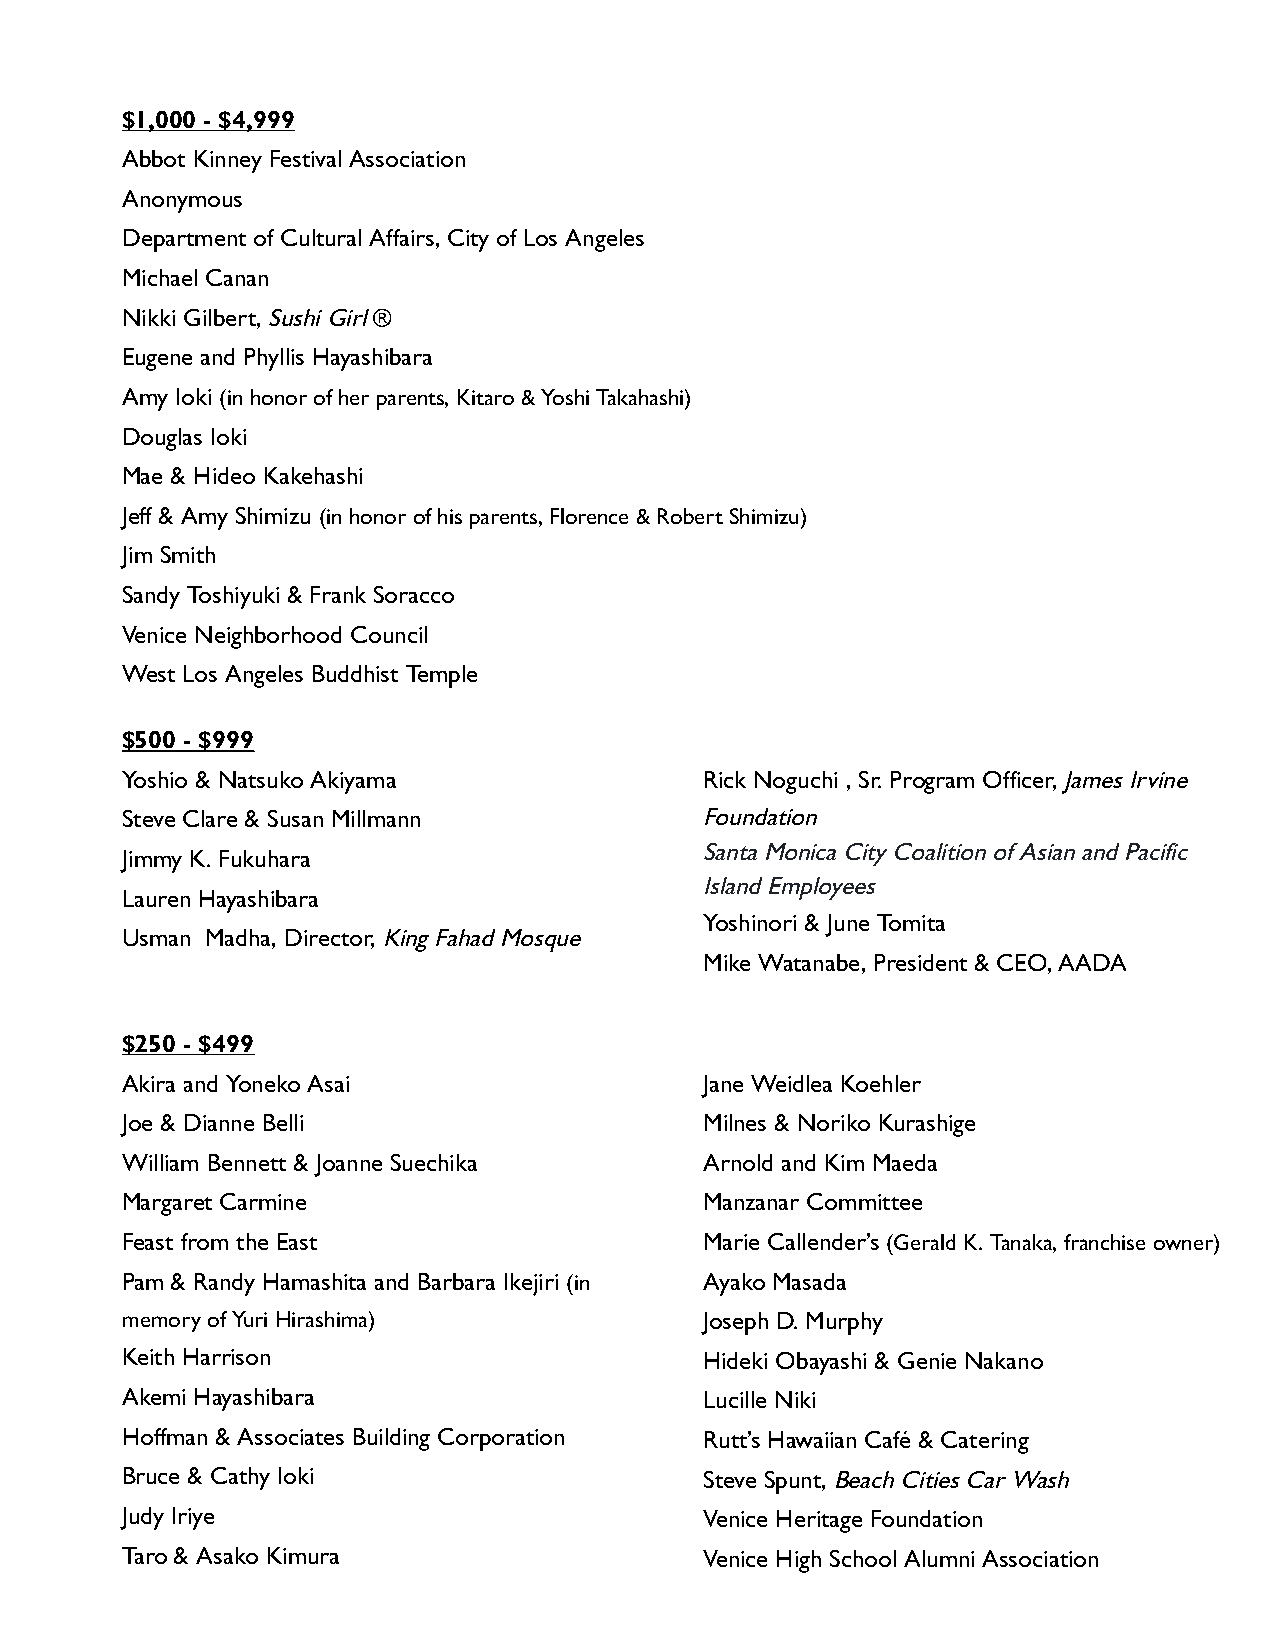
$1,000 - $4,999
 Abbot Kinney Festival Association
 Anonymous
 Department of Cultural Affairs, City of Los Angeles
 Michael Canan
 Nikki Gilbert, Sushi Girl ®
 Eugene and Phyllis Hayashibara
 Amy Ioki (in honor of her parents, Kitaro & Yoshi Takahashi)
 Douglas Ioki
 Mae & Hideo Kakehashi
 Jeff & Amy Shimizu (in honor of his parents, Florence & Robert Shimizu)
 Jim Smith
 Sandy Toshiyuki & Frank Soracco
 Venice Neighborhood Council
 West Los Angeles Buddhist Temple
 $500 - $999
 Yoshio & Natsuko Akiyama               Rick Noguchi , Sr. Program Officer, James Irvine
 Steve Clare & Susan Millmann          Foundation
 Santa Monica City Coalition of Asian and Pacific
 Jimmy K. Fukuhara
 Island Employees
 Lauren Hayashibara
 Yoshinori & June Tomita
 Usman Madha, Director, King Fahad Mosque
 Mike Watanabe, President & CEO, AADA
 $250 - $499
 Akira and Yoneko Asai                  Jane Weidlea Koehler
 Joe & Dianne Belli                     Milnes & Noriko Kurashige
 William Bennett & Joanne Suechika      Arnold and Kim Maeda
 Margaret Carmine                       Manzanar Committee
 Feast from the East                    Marie Callender’s (Gerald K. Tanaka, franchise owner)
 Pam & Randy Hamashita and Barbara Ikejiri (in Ayako Masada
 memory of Yuri Hirashima)              Joseph D. Murphy
 Keith Harrison                         Hideki Obayashi & Genie Nakano
 Akemi Hayashibara                      Lucille Niki
 Hoffman & Associates Building Corporation Rutt’s Hawaiian Café & Catering
 Bruce & Cathy Ioki                     Steve Spunt, Beach Cities Car Wash
 Judy Iriye                             Venice Heritage Foundation
 Taro & Asako Kimura                    Venice High School Alumni Association